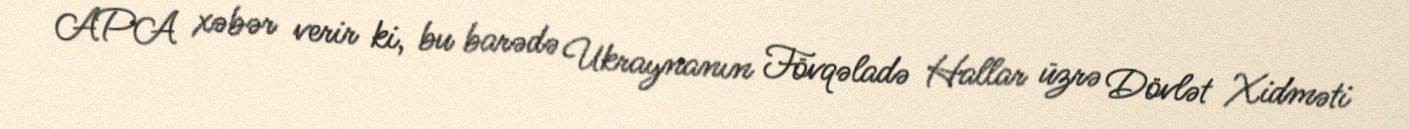
APA xəbər verir ki, bu barədə Ukraynanın Fövqəladə Hallar üzrə Dövlət Xidməti